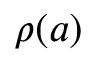
\rho ( a )